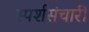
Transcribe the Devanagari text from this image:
स्पर्शसंचारी